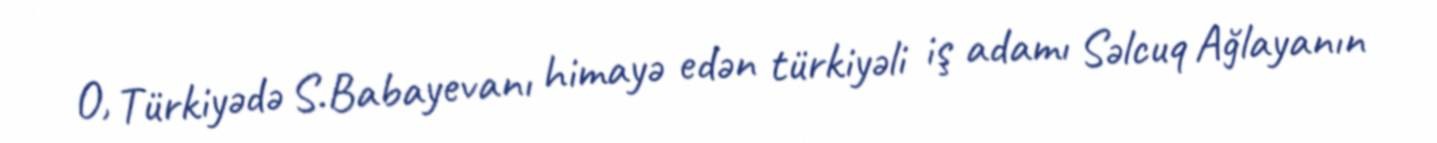
O, Türkiyədə S.Babayevanı himayə edən türkiyəli iş adamı Səlcuq Ağlayanın